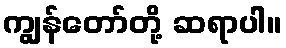
ကျွန်တော်တို့ ဆရာပါ။